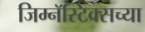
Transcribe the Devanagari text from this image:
जिम्नॅस्टिक्सच्या